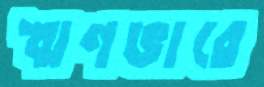
ঋণভারে